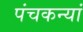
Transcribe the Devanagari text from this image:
पंचकन्यां